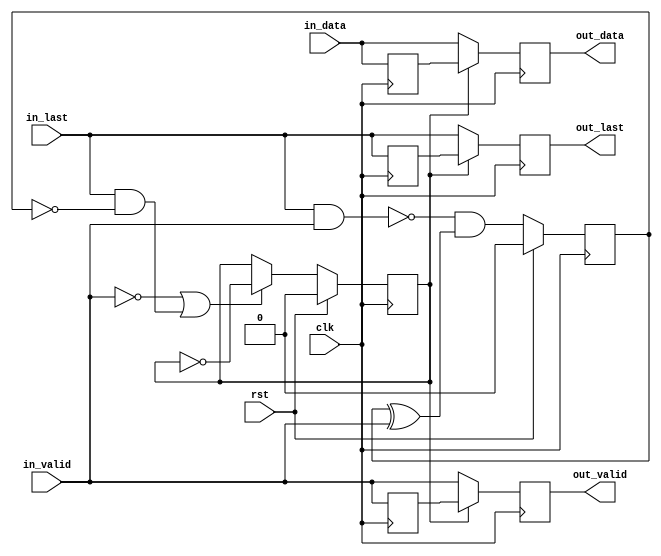
/*
 * f15_eoseq.v
 *
 * Resequence a data flow with data/valid/last ensuring EVEN/ODD
 * sequencing (even data on even cycles, odd data on odd cycles)
 *
 * Copyright (C) 2014  Ettus Corporation LLC
 *
 * vim: ts=4 sw=4
 */

`ifdef SIM
`default_nettype none
`endif

module f15_eoseq #(
	parameter integer WIDTH = 16
)(
	input  wire [WIDTH-1:0] in_data,
	input  wire in_valid,
	input  wire in_last,
	output reg  [WIDTH-1:0] out_data,
	output reg  out_valid,
	output reg  out_last,
	input  wire clk,
	input  wire rst
);

	// Signals
	reg [WIDTH-1:0] buf_data;
	reg buf_valid;
	reg buf_last;

	wire flip;
	reg odd;
	reg sel;

	// Control
	always @(posedge clk)
		if (rst)
			odd <= 1'b0;
		else
			odd <= ~(in_last & in_valid) & (odd ^ in_valid);

	always @(posedge clk)
		if (rst)
			sel <= 1'b0;
		else if (flip)
			sel <= ~sel;

	assign flip = ~in_valid | (in_last & ~odd);

	// Buffer
	always @(posedge clk)
	begin
		buf_data  <= in_data;
		buf_valid <= in_valid;
		buf_last  <= in_last;
	end

	// Output
	always @(posedge clk)
	begin
		if (sel) begin
			out_data  <= buf_data;
			out_valid <= buf_valid;
			out_last  <= buf_last;
		end else begin
			out_data  <= in_data;
			out_valid <= in_valid;
			out_last  <= in_last;
		end
	end

endmodule // f15_eoseq